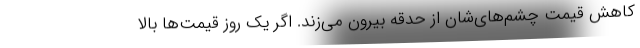
کاهش قیمت چشم‌های‌شان از حدقه بیرون می‌زند. اگر یک روز قیمت‌ها بالا